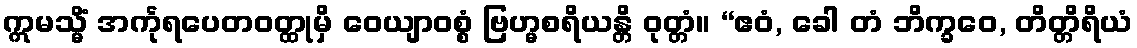
ဣမသ္မိံ အင်္ကုရပေတဝတ္ထုမှိ ဝေယျာဝစ္စံ ဗြဟ္မစရိယန္တိ ဝုတ္တံ။ “ဧဝံ, ခေါ တံ ဘိက္ခဝေ, တိတ္တိရိယံ